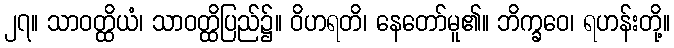
၂၇။ သာဝတ္ထိယံ၊ သာဝတ္ထိပြည်၌။ ဝိဟရတိ၊ နေတော်မူ၏။ ဘိက္ခဝေ၊ ရဟန်းတို့။